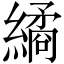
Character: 繘